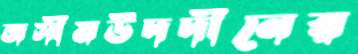
জসীমউদদীনের